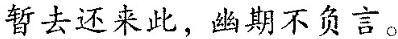
暂去还来此，幽期不负言。